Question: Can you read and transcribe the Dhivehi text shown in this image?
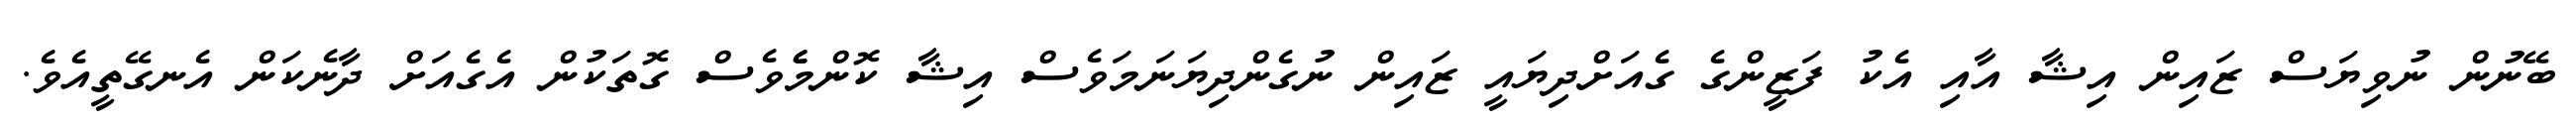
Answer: ބޭނުން ނުވިޔަސް ޒައިން އިޝާ އާއި އެކު ފަޒީންގެ ގެއަށްދިޔައީ ޒައިން ނުގެންދިޔަނަމަވެސް އިޝާ ކޮންމެެވެސް ގޮތަކުން އެގެއަށް ދާނެކަން އެނގޭތީއެވެ.